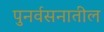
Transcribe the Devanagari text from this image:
पुनर्वसनातील